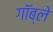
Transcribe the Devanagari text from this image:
गॉब्ले